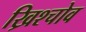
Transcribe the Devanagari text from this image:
ख्रिश्चोव